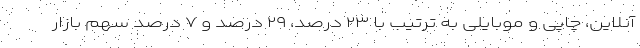
آنلاین، چاپی و موبایلی به ترتیب با ۲۳ درصد، ۲۹ درصد و ۷ درصد سهم بازار